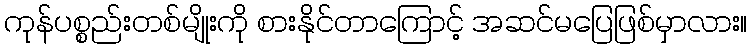
ကုန်ပစ္စည်းတစ်မျိုးကို စားနိုင်တာကြောင့် အဆင်မပြေဖြစ်မှာလား။